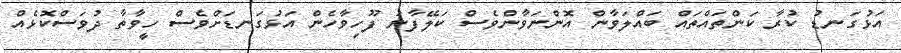
އަޅުގަނޑު ކުރާ ކަންތައްތައް ބައްލަވާން އޮންނަވާންވެސް ކަލޭފާނު ފޫހިވާހެން އަޅުގަނޑަށްވެސް ހީވާތާ ދުވަސްކޮޅެއް